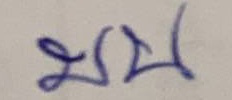
บน